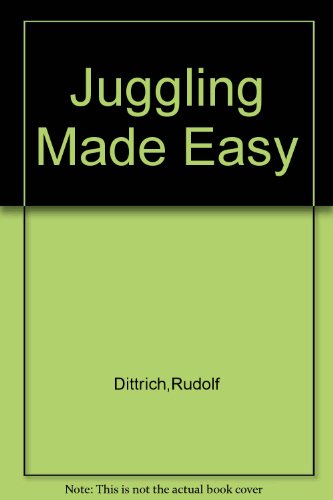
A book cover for Juggling made easy (Wilshire self-improvement library); Rudolf Dittrich; Sports & Outdoors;